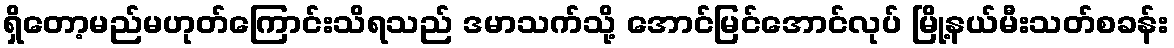
ရှိတော့မည်မဟုတ်ကြောင်းသိရသည် ဒမာသက်သို့ အောင်မြင်အောင်လုပ် မြို့နယ်မီးသတ်စခန်း